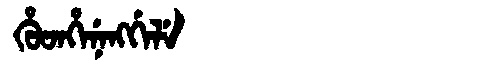
Manchu: ᡥᡠᡨᡥᡝᠨᡝᠩᡤᡝᠯᡝ
Romanization: HUTHENENGGELE